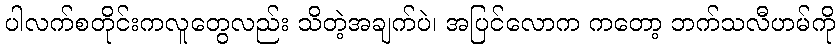
ပါလက်စတိုင်းကလူတွေလည်း သိတဲ့အချက်ပဲ၊ အပြင်လောက ကတော့ ဘက်သလီဟမ်ကို